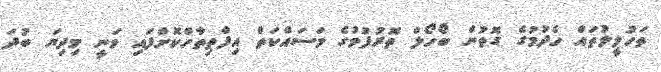
ތަހުލީލުތައް ހެދުމުގެ ގޮތުން ބޯހޯލް ތޮރުފުމުގެ މަސައްކަތް އިފްތިތާހްކޮށްފައި ވަނީ މިދިޔަ ބުދަ